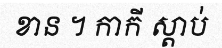
ខាន ។ កាកី ស្តាប់